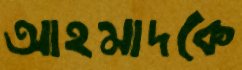
আহমাদকে